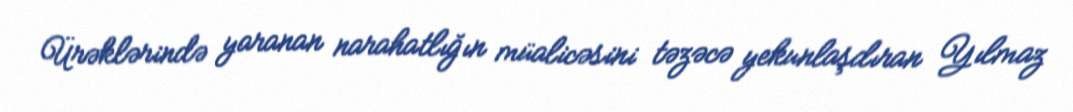
Ürəklərində yaranan narahatlığın müalicəsini təzəcə yekunlaşdıran Yılmaz